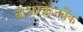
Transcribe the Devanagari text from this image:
बोअरक्लेजबैंक